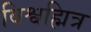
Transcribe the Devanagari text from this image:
विश्वह्मित्र